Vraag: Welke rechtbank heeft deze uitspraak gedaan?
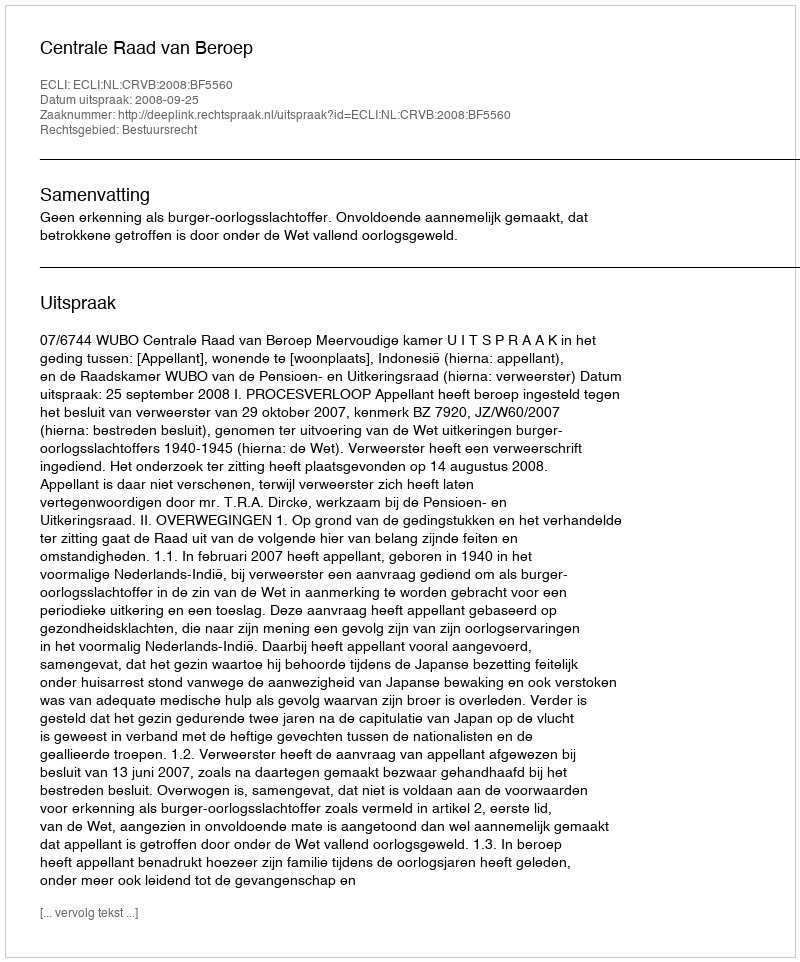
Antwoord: Centrale Raad van Beroep